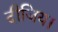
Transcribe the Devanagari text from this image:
दीजिय।